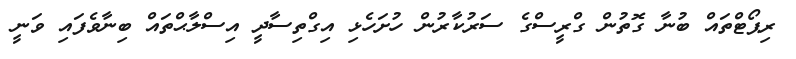
ރިޕޯޓްތައް ބުނާ ގޮތުން ގްރީސްގެ ސަރުކާރުން ހުށަހެޅި އިގްތިސާދީ އިސްލާޙްތައް ބިނާވެފައި ވަނީ